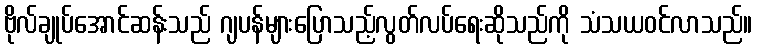
ဗိုလ်ချုပ်အောင်ဆန်းသည် ဂျပန်များပြောသည့်လွတ်လပ်ရေးဆိုသည်ကို သံသယဝင်လာသည်။